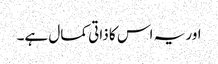
اور یہ اس کا ذاتی کمال ہے۔